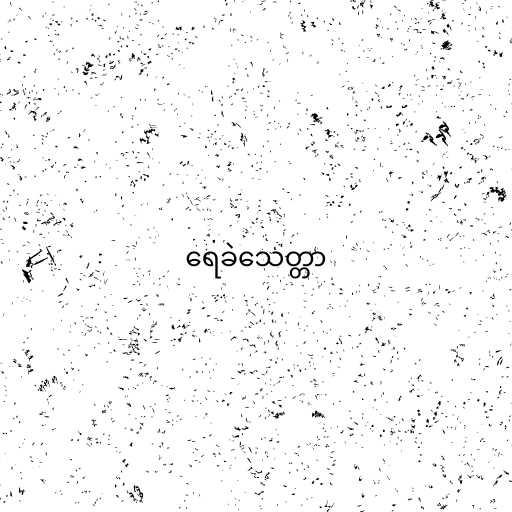
ရေခဲသေတ္တာ